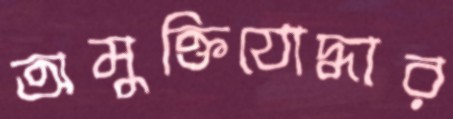
অমুক্তিযোদ্ধার